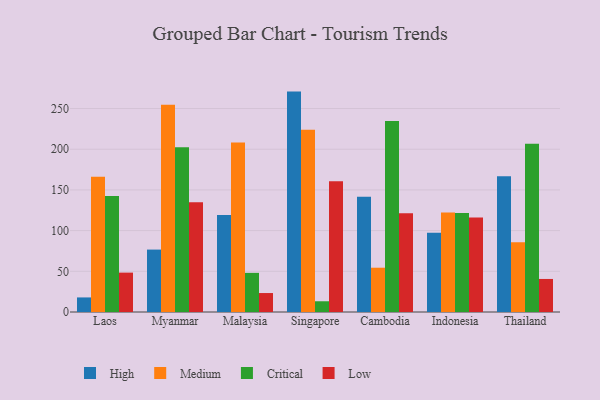
{"axis": {"x": "Country", "y": "Backlog"}, "legend": ["Critical", "High", "Low", "Medium"], "data": [{"x": "Laos", "y": 17.9, "type": "High"}, {"x": "Laos", "y": 166.1, "type": "Medium"}, {"x": "Laos", "y": 142.4, "type": "Critical"}, {"x": "Laos", "y": 48.4, "type": "Low"}, {"x": "Myanmar", "y": 76.7, "type": "High"}, {"x": "Myanmar", "y": 254.6, "type": "Medium"}, {"x": "Myanmar", "y": 202.4, "type": "Critical"}, {"x": "Myanmar", "y": 134.8, "type": "Low"}, {"x": "Malaysia", "y": 119.1, "type": "High"}, {"x": "Malaysia", "y": 208.3, "type": "Medium"}, {"x": "Malaysia", "y": 48.1, "type": "Critical"}, {"x": "Malaysia", "y": 23.3, "type": "Low"}, {"x": "Singapore", "y": 270.8, "type": "High"}, {"x": "Singapore", "y": 223.9, "type": "Medium"}, {"x": "Singapore", "y": 13.2, "type": "Critical"}, {"x": "Singapore", "y": 160.7, "type": "Low"}, {"x": "Cambodia", "y": 141.5, "type": "High"}, {"x": "Cambodia", "y": 54.4, "type": "Medium"}, {"x": "Cambodia", "y": 234.8, "type": "Critical"}, {"x": "Cambodia", "y": 121.2, "type": "Low"}, {"x": "Indonesia", "y": 97.5, "type": "High"}, {"x": "Indonesia", "y": 122.4, "type": "Medium"}, {"x": "Indonesia", "y": 121.6, "type": "Critical"}, {"x": "Indonesia", "y": 116.2, "type": "Low"}, {"x": "Thailand", "y": 166.8, "type": "High"}, {"x": "Thailand", "y": 85.7, "type": "Medium"}, {"x": "Thailand", "y": 206.6, "type": "Critical"}, {"x": "Thailand", "y": 40.6, "type": "Low"}]}